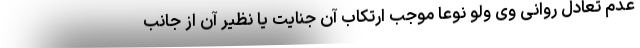
عدم تعادل روانی وی ولو نوعاً موجب ارتکاب آن جنایت یا نظیر آن از جانب